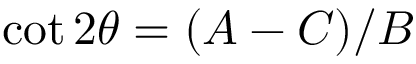
\cot 2 \theta = ( A - C ) / B